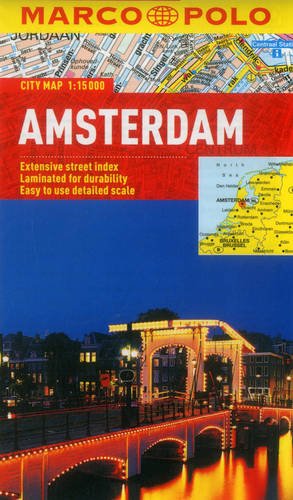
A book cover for Amsterdam Marco Polo City Map (Marco Polo City Maps); Marco Polo Travel; Travel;